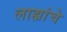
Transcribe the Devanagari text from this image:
लाह्यांचे